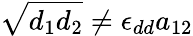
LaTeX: \sqrt{d_{1}d_{2}}\neq\epsilon_{dd}a_{12}